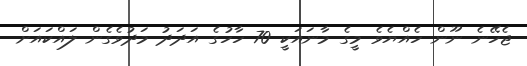
ޖެހޭނެ ނޫން ހެއްޔެވެ މީގެ މާނައަކީ 70 ހާހުގެ އަދަދު މަދުވެގެން ލައްކައަށް